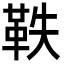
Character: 𮧕